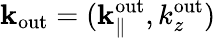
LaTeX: {\mathbf k}_{\mathrm{out}}=({\mathbf k}_{\parallel}^{\mathrm{out}},k_{z}^{\mathrm{out}})